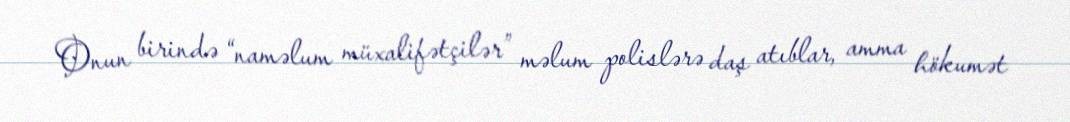
Onun birində “naməlum müxalifətçilər” məlum polislərə daş atıblar, amma hökumət